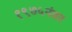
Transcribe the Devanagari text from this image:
१९७५नंतर